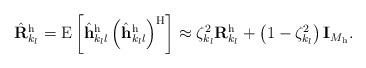
LaTeX: \begin{align*}\hat{\mathbf{R}}_{k_l}^\mathrm{h} = \mathrm{E} \left[ \hat{\mathbf{h}}_{{k_l}l}^\mathrm{h} \left( \hat{\mathbf{h}}_{{k_l}l}^\mathrm{h} \right)^\mathrm{H} \right] \approx \zeta_{k_l}^2 \mathbf{R}_{k_l}^\mathrm{h} + \left(1-\zeta_{k_l}^2 \right) \mathbf{I}_{M_\mathrm{h}}.\end{align*}